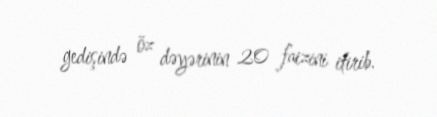
gedişində öz dəyərinin 20 faizini itirib.